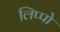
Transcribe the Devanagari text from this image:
लिप्पो